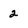
Character: 2